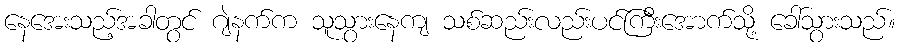
နေအေးသည့်အခါတွင် ဂျဲနက်က သူသွားနေကျ သစ်ဆည်းလည်းပင်ကြီးအောက်သို့ ခေါ်သွားသည်။